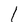
Character: 1